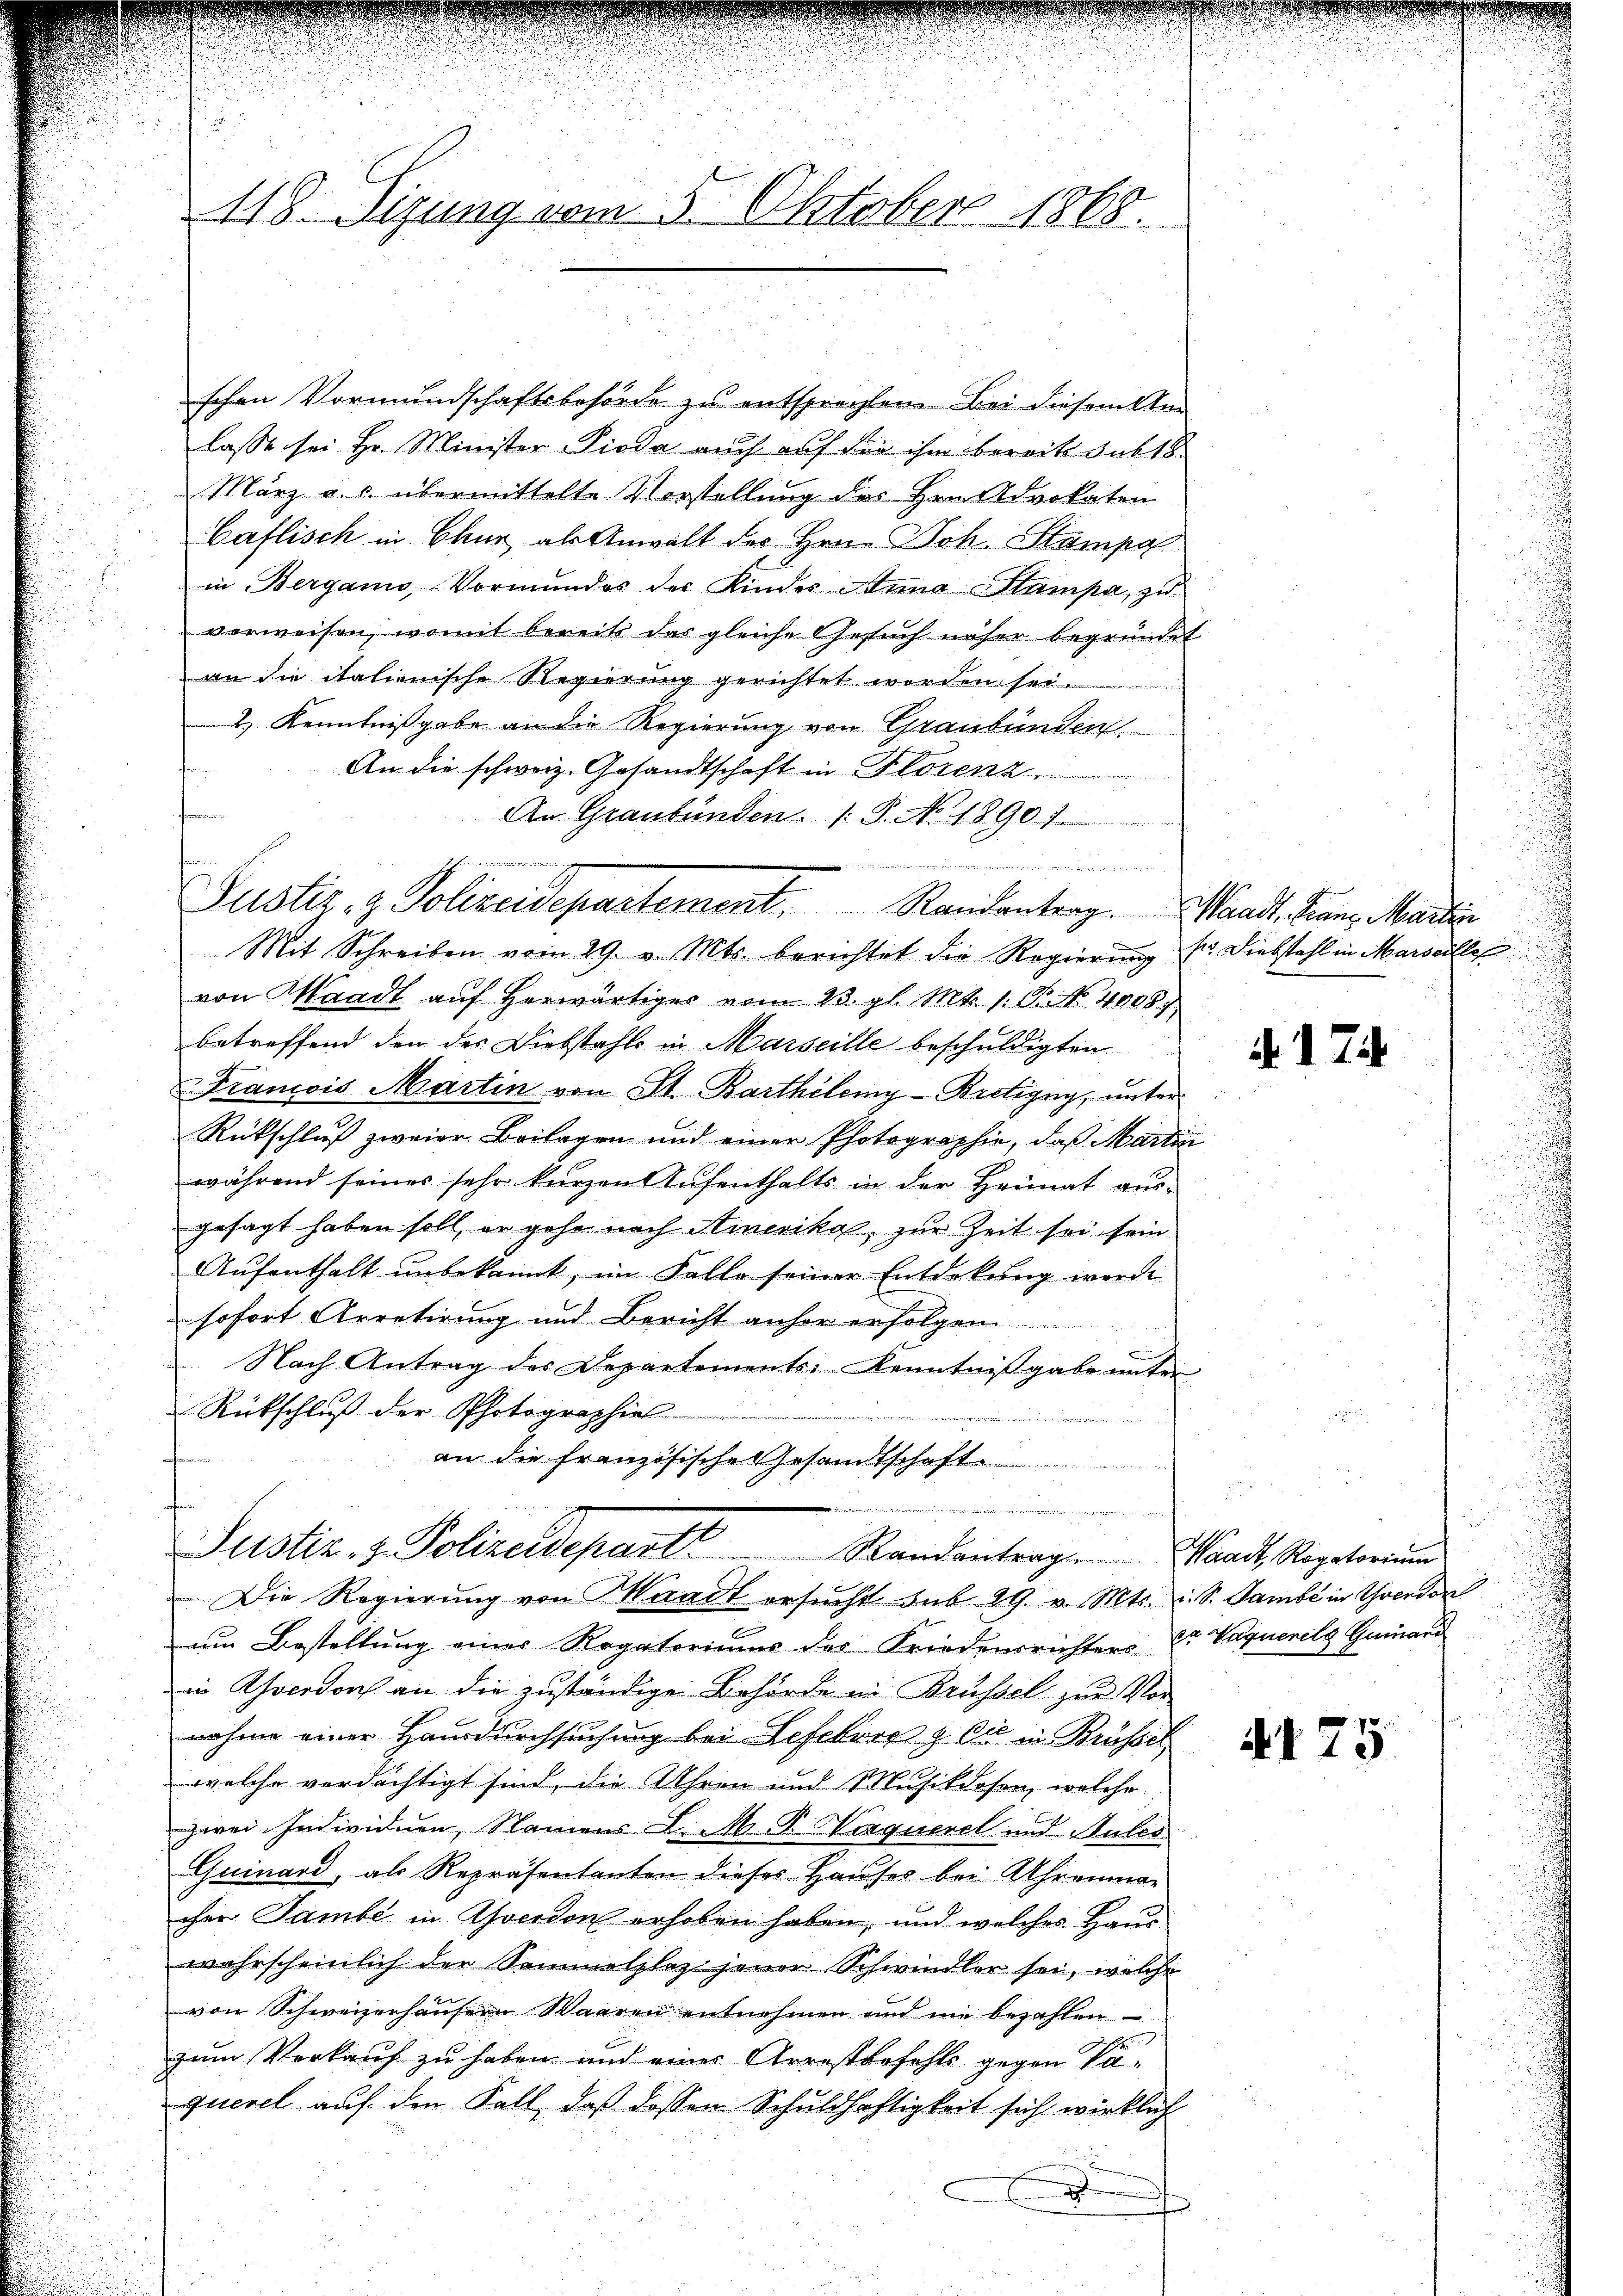
118. Sizung vom 5. Oktober 1868.

Justiz- & Polizeidepartement. Randantrag. Waadt, Franz Marti
Mit Schreiben vom 29. v. Mts. berichtet die Regierung s. Diebstahl in Marseille

schen Vormundschaftsbehörde zu entsprechten. Bei diesem Anlasse sei Hr. Minister Pioda auch auf den ihm bereits sub 18
März a. c. übermittelte Vorstellung des Hrn. Advokaten
Caflisch in Chur als Anwalt der Hrn. Joh. Stampa
in Bergamo Vormundes der Kinder Anna Stampa, zu
verweisen, womit bereits das gleiche Gesuch näher begründet
an die italienische Regierung gerichtet worden sei.
2.) Kenntnißgabe an die Regierung von Graubünden
An die schweiz. Gesandtschaft in Florenz
An Graubünden. /: P. No. 1890. 7

von Waadt auf herwärtiges vom 23. gl. Mts. 1. P. No. 4008)
betreffend den des Diebstahls in Marseille beschuldigten
Francois Martin von St. Barthilemy-Bretigny, unter
Rückschluß zweier Beilagen und einer Photographie, daß Martin
während seines sehr kurzen Aufenthalts in der Heimat aus-
gesagt haben soll, er gehe nach Amerika, zur Zeit sei sein
Aufenthalt unbekannt, im Falle seiner Entdekung werde
sofort Arretirung und Bericht anher erfolgen
Nach Antrag des Departements Kenntniβgabe unter
Rückschluß der Photographiel
an die französische Gesandtschaft
f
Justiz- & Polizeideparte Randantrag. Waadt, Regatorium
Die Regierung von Waadt ersŭcht sub 29. v. Mts. i. S. Sambe in Yverdor
um Bestellung einer Rogatoriums des Friedensrichters Dr. Warnerels Gemari
in Chocodoch an die zuständige Behörde in Brüssel zur Vornahme einer Hausdurchsuchung bei Sefekrieg die in Brüssel
welche verdächtigt sind, die Uhren und Musikdosen, welche
zwei Individuen, Namens L. M. P. Parqueret und Sules
Guinard, als Repräsentanten dieses Hauses bei Uhrenman
cher Sambe in Yverdon erhoben haben, und welches Haus
wahrscheinlich der Semmelplaz jener Schwindler sei, welche
von Schweizerhäusern Waaren entnehmen und nie bezahlen
zum Verkauf zu haben und einer Arrestbefehls gegen Paquerel auf den Fall, daß dessen Schuldhaftigkeit sich wirklich
x
n

N 174

i

A175